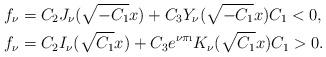
LaTeX: \begin{align*}&f_\nu = C_2 J_{\nu}(\sqrt{-C_1}x) + C_3 Y_{\nu}(\sqrt{-C_1}x) C_1<0, \\&f_\nu = C_2 I_{\nu}(\sqrt{C_1}x) + C_3 e^{\nu\pi\i} K_{\nu}(\sqrt{C_1}x) C_1>0.\end{align*}